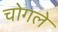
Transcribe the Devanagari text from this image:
चोगले